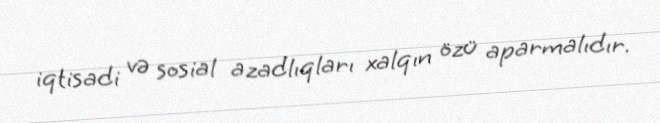
iqtisadi və sosial azadlıqları xalqın özü aparmalıdır.